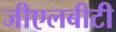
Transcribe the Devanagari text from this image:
जीएलबीटी